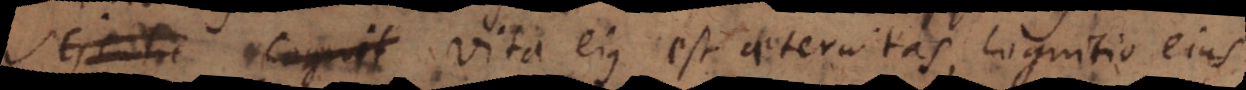
cognit vita ejus est aeternitas, cognitio ejus